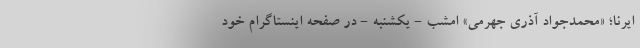
ایرنا؛ «محمدجواد آذری جهرمی» امشب - یکشنبه - در صفحه اینستاگرام خود